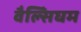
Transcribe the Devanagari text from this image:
वैल्सिंघम